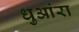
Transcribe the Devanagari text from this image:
धुआंरा